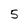
Character: 5